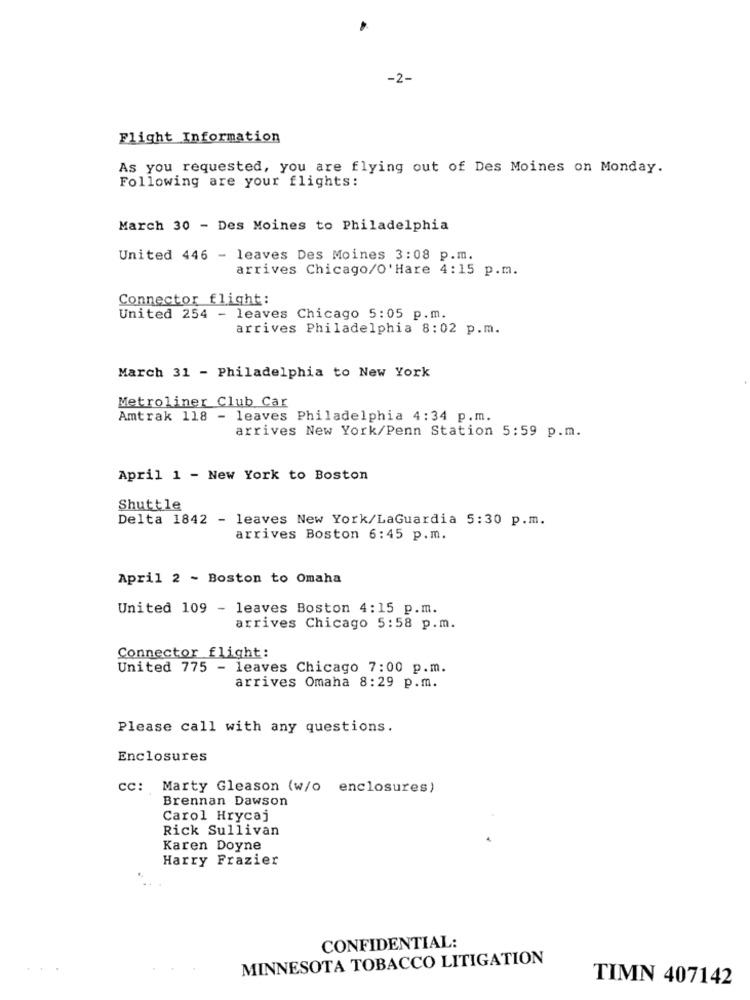
-2-
Flight Information
As you requested, you are flying out of Des Moines on Monday.
Following are your flights:
March 30 - Des Moines to Philadelphia
United 446 - leaves Des Moines 3:08 p.m.
arrives Chicago/O' Hare 4:15 p.m.
Connector flight:
United 254 - leaves Chicago 5:05 p.m.
arrives Philadelphia 8:02 p.m.
March 31 - Philadelphia to New York
Metroliner Club Car
Amtrak 118 - leaves Philadelphia 4:34 p.m.
arrives New York/Penn Station 5:59 p.m.
April 1 - New York to Boston
Shuttle
Delta 1842 - leaves New York/LaGuardia 5:30 p.m.
arrives Boston 6:45 p.m.
April 2 - Boston to Omaha
United 109 - leaves Boston 4:15 p.m.
arrives Chicago 5:58 p.m.
Connector flight:
United 775 - leaves Chicago 7:00 p.m.
arrives Omaha 8:29 p.m.
Please call with any questions.
Enclosures
cc: Marty Gleason (w/o enclosures)
Brennan Dawson
Carol Hrycaj
Rick Sullivan
Karen Doyne
Harry Frazier
CONFIDENTIAL:
MINNESOTA TOBACCO LITIGATION
TIMN 407142